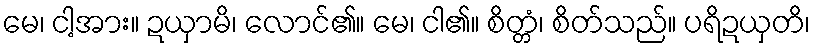
မေ၊ ငါ့အား။ ဍယှာမိ၊ လောင်၏။ မေ၊ ငါ၏။ စိတ္တံ၊ စိတ်သည်။ ပရိဍယှတိ၊